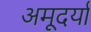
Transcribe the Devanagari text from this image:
अमूदर्या